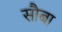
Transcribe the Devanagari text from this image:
सौबा